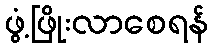
ဖွံ့ဖြိုးလာစေရန်